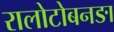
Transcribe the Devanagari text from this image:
रालोटोबनङा